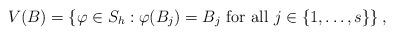
LaTeX: \begin{align*}V(B)=\left\{\varphi\in S_h : \varphi(B_j)=B_j\hbox{ for all } j\in\{1,\dots,s\} \right\},\end{align*}